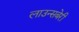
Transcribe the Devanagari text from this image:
लाउन्सबेरी